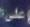
على